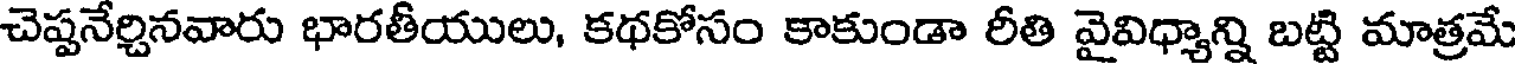
చెప్పనేర్చినవారు భారతీయులు, కథకోసం కాకుండా రీతి వైవిధ్యాన్ని బట్టి మాత్రమే